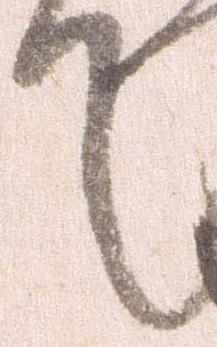
て